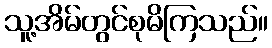
သူ့အိမ်တွင်စုမိကြသည်။